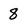
Character: 8